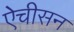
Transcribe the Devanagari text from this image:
ऐचीसन